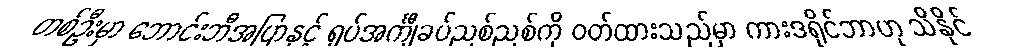
တစ်ဦးမှာ ဘောင်းဘီအပြာနှင့် ရှပ်အင်္ကျီခပ်ညစ်ညစ်ကို ဝတ်ထားသည်မှာ ကားဒရိုင်ဘာဟု သိနိုင်